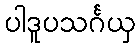
ပါဒူပသင်္ဂယှ